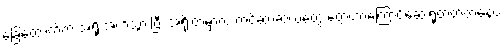
ခြေထောက်က အရိုးအက်သွားပြီး အရိုးထဲမှာလဲ ကင်ဆာဆဲလ်တွေ တွေ့တာကြောင့်ဆေးရုံတတ်တဲ့နေပဲ